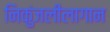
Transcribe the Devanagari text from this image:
निकुंजलीलागान